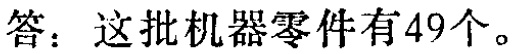
答：这批机器零件有49个。